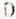
D